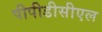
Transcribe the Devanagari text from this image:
पीपीडीसीएल